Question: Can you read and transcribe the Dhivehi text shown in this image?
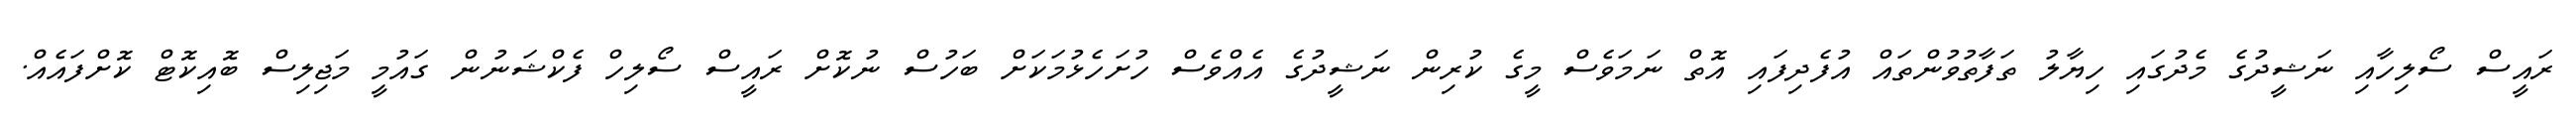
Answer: ރައީސް ސޯލިހާއި ނަޝީދުގެ މެދުގައި ހިޔާލު ތަފާތުވުންތައް އުފެދިފައި އޮތް ނަމަވެސް މީގެ ކުރިން ނަޝީދުގެ އެއްވެސް ހުށަހެޅުމަކަށް ބަހުސް ނުކޮށް ރައީސް ސޯލިހް ފެކްޝަނުން ގައުމީ މަޖިލިސް ބޮއިކޮޓް ކޮށްފައެއް.